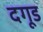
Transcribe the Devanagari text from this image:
दगूड